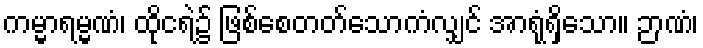
ကမ္မာရမ္မဏံ၊ ထိုငရဲ၌ ဖြစ်စေတတ်သောကံလျှင် အာရုံရှိသော။ ဉာဏံ၊